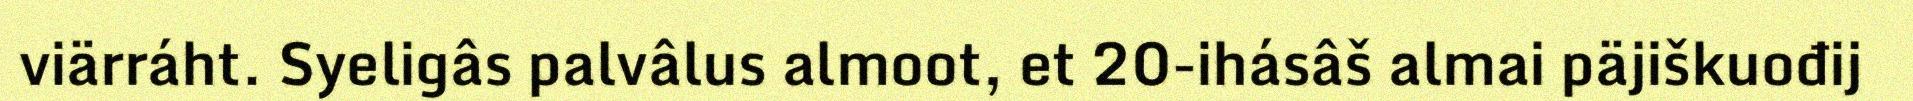
viärráht. Syeligâs palvâlus almoot, et 20-ihásâš almai päjiškuođij